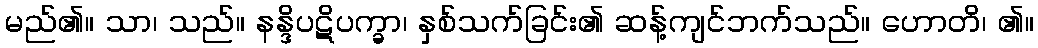
မည်၏။ သာ၊ သည်။ နန္ဒိပဋိပက္ခာ၊ နှစ်သက်ခြင်း၏ ဆန့်ကျင်ဘက်သည်။ ဟောတိ၊ ၏။